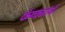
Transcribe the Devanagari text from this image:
केळ्यांचे